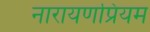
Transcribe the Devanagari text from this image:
नारायणप्रियम